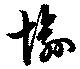
愉